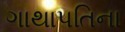
ગાથાપતિના